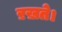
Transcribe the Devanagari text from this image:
ऱख़ते।